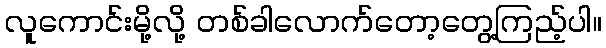
လူကောင်းမို့လို့ တစ်ခါလောက်တော့တွေ့ကြည့်ပါ။